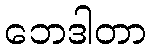
ဘေဒါတာ